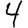
Digit: 4